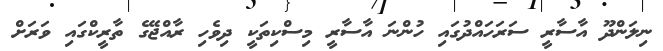
ނިލަންދޫ އާސާރީ ސަރަހައްދުގައި ހުންނަ އާސާރީ މިސްކިތަކީ ދިވެހި ރާއްޖޭގެ ތާރީކްގައި ވަރަށް